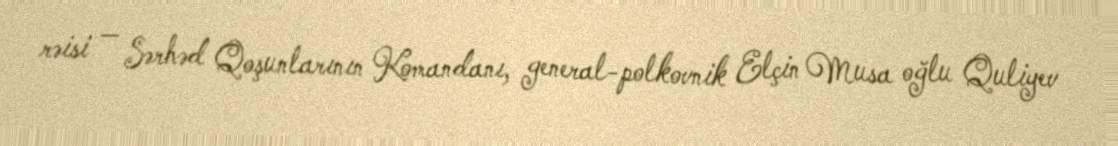
rəisi — Sərhəd Qoşunlarının Komandanı, general-polkovnik Elçin Musa oğlu Quliyev